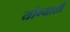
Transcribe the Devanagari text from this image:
योग्याशी